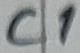
Text: C1